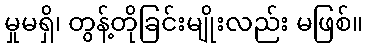
မှုမရှိ၊ တွန့်တိုခြင်းမျိုးလည်း မဖြစ်။